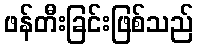
ဖန်တီးခြင်းဖြစ်သည်